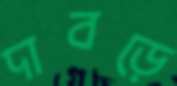
দাবড়ে